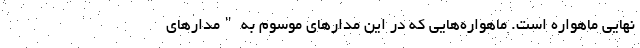
نهایی ماهواره است. ماهواره‌هایی که در این مدارهای موسوم به "مدارهای